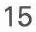
15